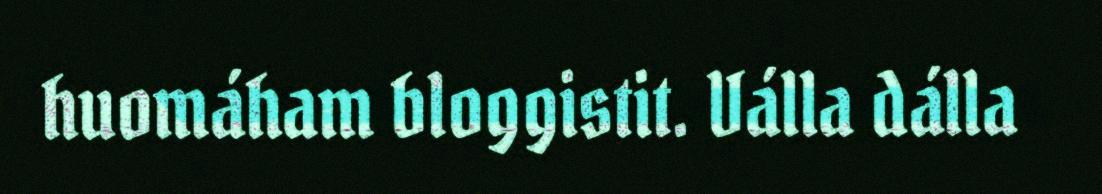
huomáham bloggistit. Válla dálla